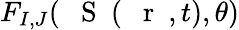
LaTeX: F_{I,J}({\mathrm{~{~\mathbf~S~}~}}(\mathrm{~{~\mathbf~r~}~},t),\theta)